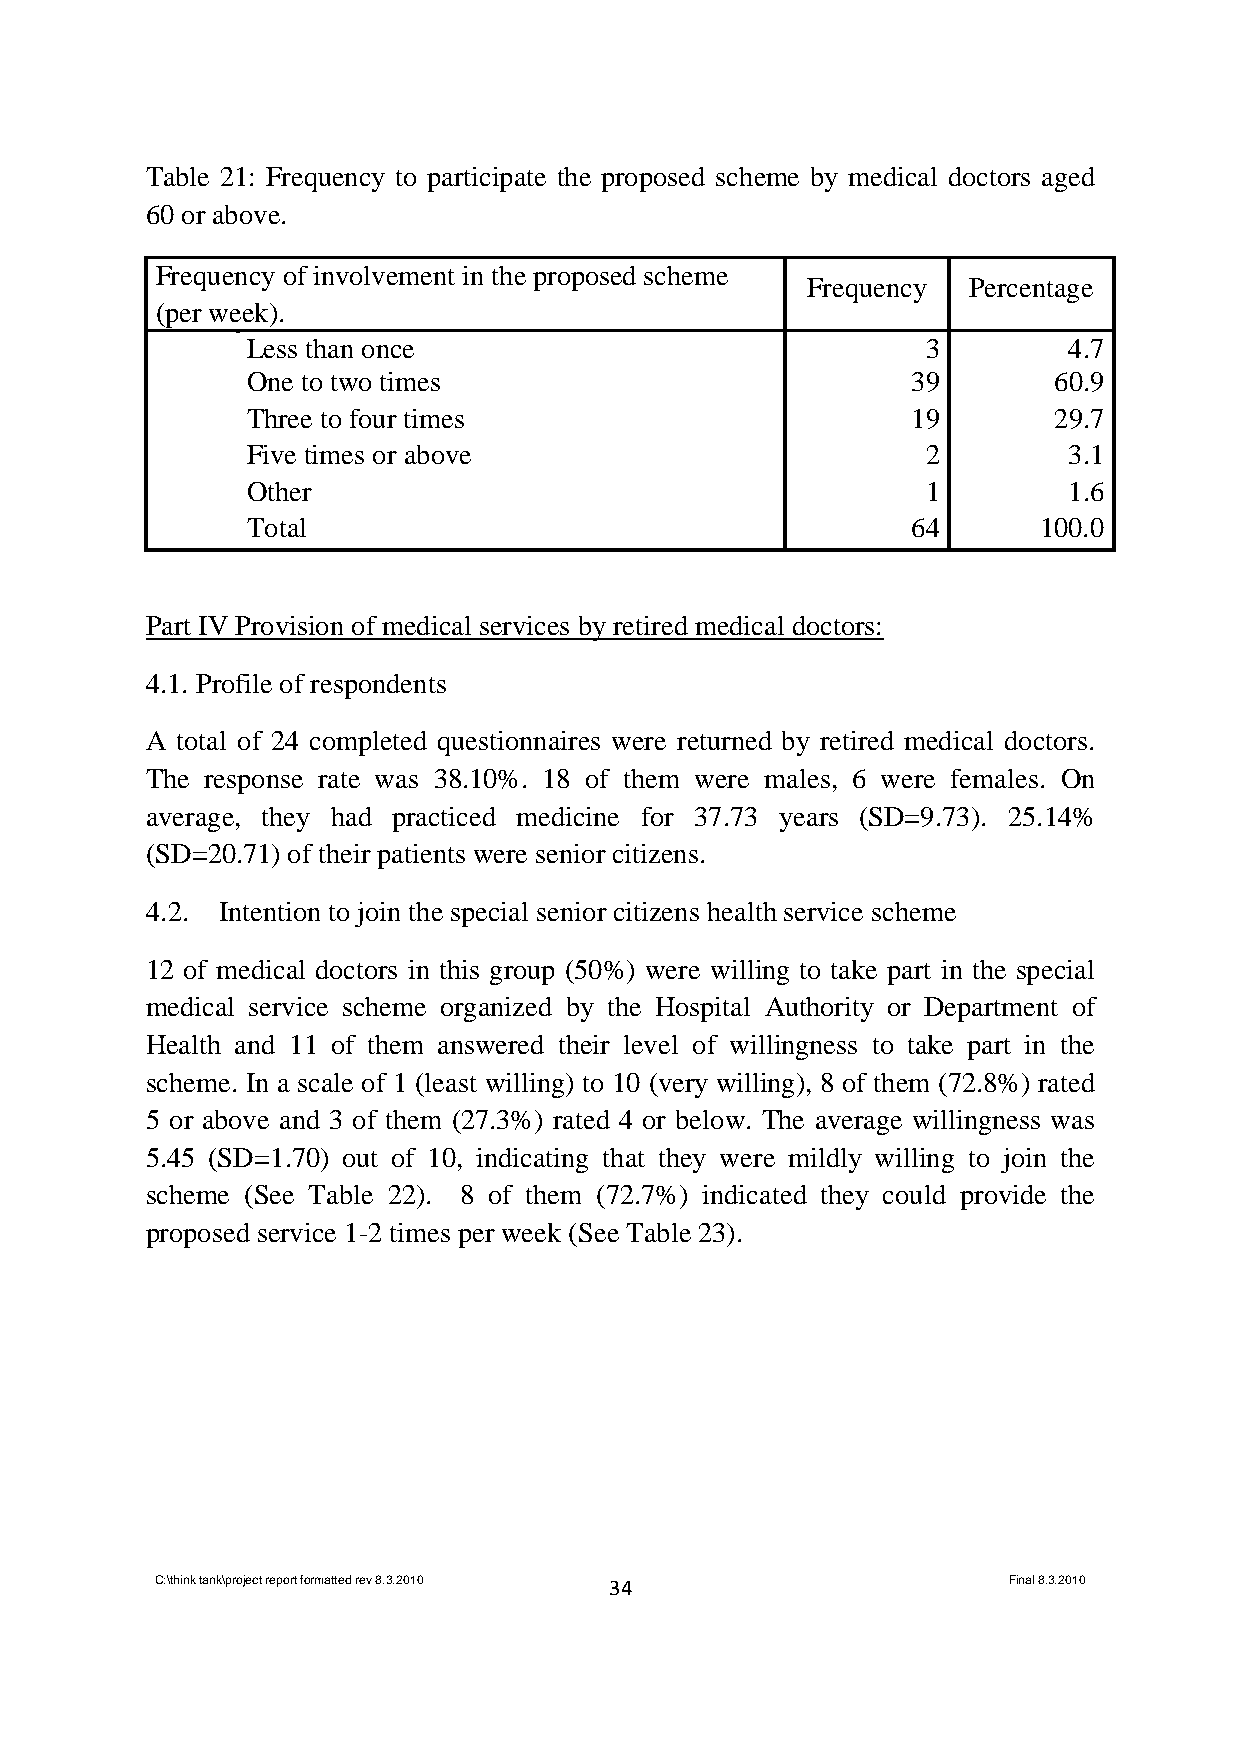
Table 21: Frequency to participate the proposed scheme by medical doctors aged
 60 or above.
 Frequency of involvement in the proposed scheme
 Frequency  Percentage
 (per week).
 Less than once                               3         4.7
 One to two times                            39        60.9
 Three to four times                         19        29.7
 Five times or above                          2         3.1
 Other                                        1         1.6
 Total                                       64       100.0
 Part IV Provision of medical services by retired medical doctors:
 4.1. Profile of respondents
 A total of 24 completed questionnaires were returned by retired medical doctors.
 The response rate was 38.10%. 18 of them were males, 6 were females. On
 average, they had practiced medicine for 37.73 years (SD=9.73). 25.14%
 (SD=20.71) of their patients were senior citizens.
 4.2. Intention to join the special senior citizens health service scheme
 12 of medical doctors in this group (50%) were willing to take part in the special
 medical service scheme organized by the Hospital Authority or Department of
 Health and 11 of them answered their level of willingness to take part in the
 scheme. In a scale of 1 (least willing) to 10 (very willing), 8 of them (72.8%) rated
 5 or above and 3 of them (27.3%) rated 4 or below. The average willingness was
 5.45 (SD=1.70) out of 10, indicating that they were mildly willing to join the
 scheme (See Table 22). 8 of them (72.7%) indicated they could provide the
 proposed service 1-2 times per week (See Table 23).
 C:\think tank\project report formatted rev 8.3.2010 34   Final 8.3.2010